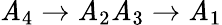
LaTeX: \mathit{A}_{4}\rightarrow\mathit{A}_{2}\mathit{A}_{3}\rightarrow\mathit{A}_{1}